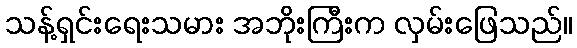
သန့်ရှင်းရေးသမား အဘိုးကြီးက လှမ်းဖြေသည်။